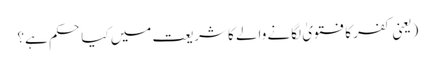
(یعنی کفر کا فتویٰ لگانے والے کا شریعت میں کیا حکم ہے؟